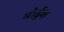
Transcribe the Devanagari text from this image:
मोर्डुश